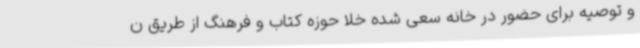
و توصیه برای حضور در خانه سعی شده خلا حوزه کتاب و فرهنگ از طریق ن